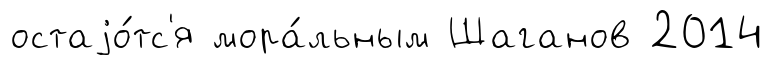
остаjо́тс'я мора́льным Шаганов 2014